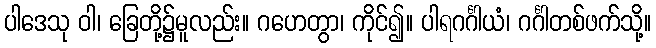
ပါဒေသု ဝါ၊ ခြေတို့၌မူလည်း။ ဂဟေတွာ၊ ကိုင်၍။ ပါရဂင်္ဂါယံ၊ ဂင်္ဂါတစ်ဖက်သို့။